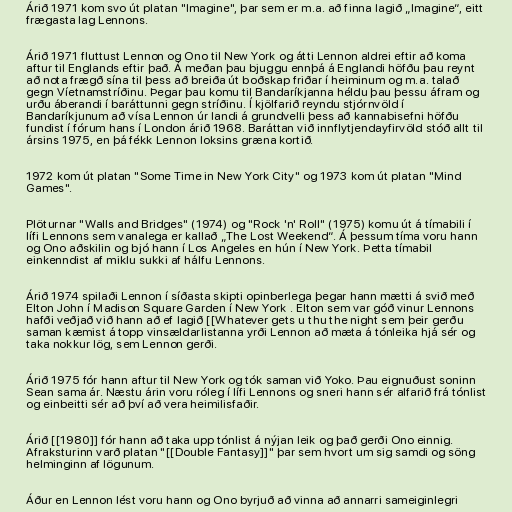
Árið 1971 kom svo út platan "Imagine", þar sem er m.a. að finna lagið „Imagine“, eitt
frægasta lag Lennons.

Árið 1971 fluttust Lennon og Ono til New York og átti Lennon aldrei eftir að koma
aftur til Englands eftir það. Á meðan þau bjuggu ennþá á Englandi höfðu þau reynt
að nota frægð sína til þess að breiða út boðskap friðar í heiminum og m.a. talað
gegn Víetnamstríðinu. Þegar þau komu til Bandaríkjanna héldu þau þessu áfram og
urðu áberandi í baráttunni gegn stríðinu. Í kjölfarið reyndu stjórnvöld í
Bandaríkjunum að vísa Lennon úr landi á grundvelli þess að kannabisefni höfðu
fundist í fórum hans í London árið 1968. Baráttan við innflytjendayfirvöld stóð allt til
ársins 1975, en þá fékk Lennon loksins græna kortið.

1972 kom út platan "Some Time in New York City" og 1973 kom út platan "Mind
Games".

Plöturnar "Walls and Bridges" (1974) og "Rock 'n' Roll" (1975) komu út á tímabili í
lífi Lennons sem vanalega er kallað „The Lost Weekend“. Á þessum tíma voru hann
og Ono aðskilin og bjó hann í Los Angeles en hún í New York. Þetta tímabil
einkenndist af miklu sukki af hálfu Lennons.

Árið 1974 spilaði Lennon í síðasta skipti opinberlega þegar hann mætti á svið með
Elton John í Madison Square Garden í New York . Elton sem var góð vinur Lennons
hafði veðjað við hann að ef lagið [[Whatever gets u thu the night sem þeir gerðu
saman kæmist á topp vinsældarlistanna yrði Lennon að mæta á tónleika hjá sér og
taka nokkur lög, sem Lennon gerði.

Árið 1975 fór hann aftur til New York og tók saman við Yoko. Þau eignuðust soninn
Sean sama ár. Næstu árin voru róleg í lífi Lennons og sneri hann sér alfarið frá tónlist
og einbeitti sér að því að vera heimilisfaðir.

Árið [[1980]] fór hann að taka upp tónlist á nýjan leik og það gerði Ono einnig.
Afraksturinn varð platan "[[Double Fantasy]]" þar sem hvort um sig samdi og söng
helminginn af lögunum.

Áður en Lennon lést voru hann og Ono byrjuð að vinna að annarri sameiginlegri